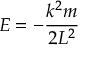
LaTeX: E = - { \frac { k ^ { 2 } m } { 2 L ^ { 2 } } }